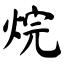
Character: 烷